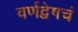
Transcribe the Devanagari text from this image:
वर्णद्वेषचं